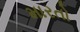
મારતો